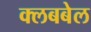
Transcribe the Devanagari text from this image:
क्लबबेल